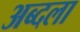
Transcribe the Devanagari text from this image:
अब्दला